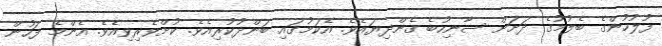
ފުލުހުންގެ ބެލުމުގެ ދަށަށް ސާނިހުބެ ގެންދިޔައެވެ. އެކަމުގައި ބަންދުކުރިއެވެ. ކުށްވެރިވިއެވެ. އެންމެ ފަހުން